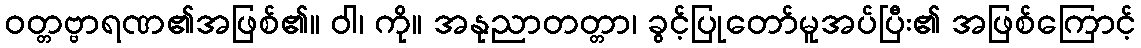
ဝတ္တဗ္ဗာရဏ၏အဖြစ်၏။ ဝါ၊ ကို။ အနုညာတတ္တာ၊ ခွင့်ပြုတော်မူအပ်ပြီး၏ အဖြစ်ကြောင့်